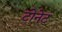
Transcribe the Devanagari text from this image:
टोनेट